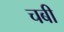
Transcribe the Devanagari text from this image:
चबी